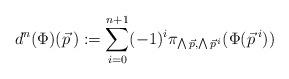
LaTeX: \begin{align*}d^n (\Phi)(\vec{p}\,) := \sum_{i=0}^{n+1}(-1)^i \pi_{\bigwedge \vec{p}, \bigwedge \vec{p}^{\,i}} (\Phi(\vec{p}^{\:i}))\end{align*}